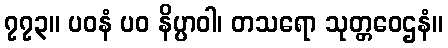
၇၇၃။ ပဝနံ ပဝ နိပ္ပာဝါ၊ တသရော သုတ္တဝေဌနံ။